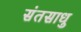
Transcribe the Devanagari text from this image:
संतसाधु